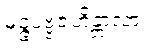
မုဉ္ဇပဗ္ဗဇဟိန္တာလာ